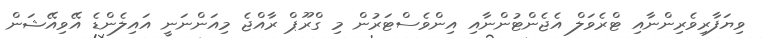
ވިޔަފާރިވެރިންނާއި ޓްރެވަލް އެޖެންޓުންނާއި އިންވެސްޓަރުން މި ގްރޫޕް ރާއްޖެ މިއަންނަނީ އައިލެންޑެ އޭވިއޭޝަން